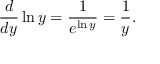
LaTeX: { \frac { d } { d y } } \ln y = { \frac { 1 } { e ^ { \ln y } } } = { \frac { 1 } { y } } .